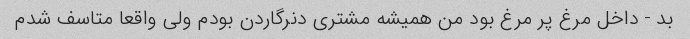
بد - داخل مرغ پر مرغ بود من همیشه مشتری دنرگاردن بودم ولی واقعا متاسف شدم